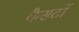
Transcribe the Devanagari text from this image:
कैसटों